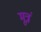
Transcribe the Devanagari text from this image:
मूत्रं